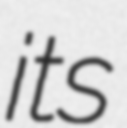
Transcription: its